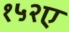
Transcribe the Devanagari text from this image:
१५२ए